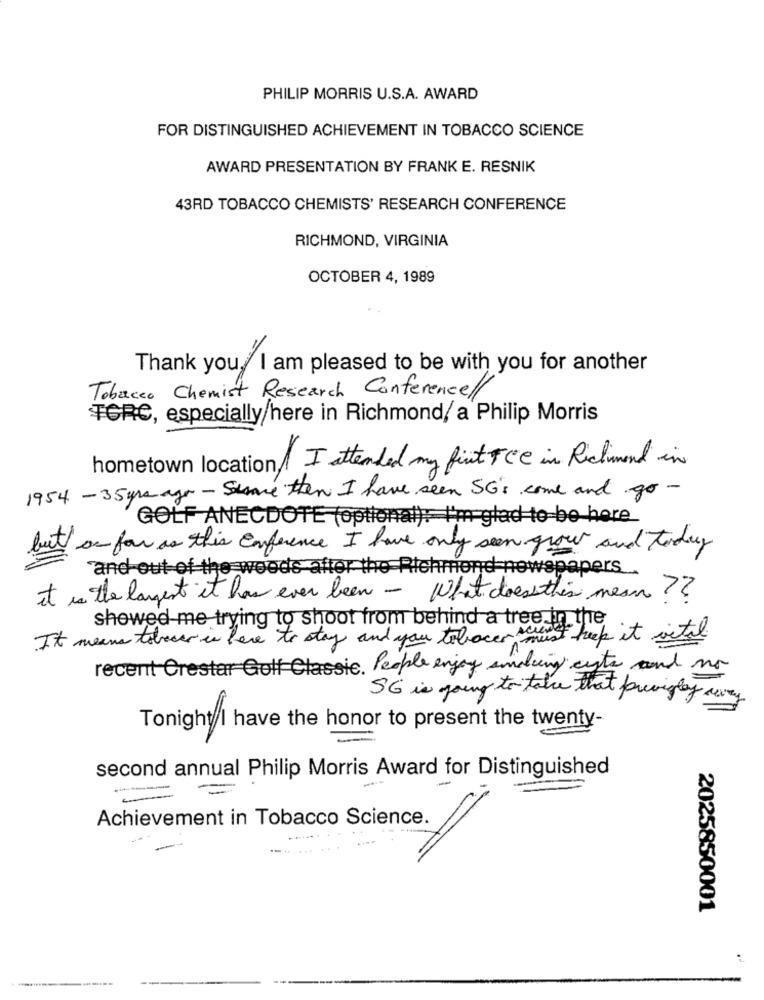
PHILIP MORRIS U.S.A. AWARD
FOR DISTINGUISHED ACHIEVEMENT IN TOBACCO SCIENCE
AWARD PRESENTATION BY FRANK E. RESNIK
43RD TOBACCO CHEMISTS' RESEARCH CONFERENCE
RICHMOND, VIRGINIA
OCTOBER 4, 1989
Thank you. I am pleased to be with you for another
Tobacco Chemist Research Conferencel/
TGRC, especially here in Richmond/ a Philip Morris
hometown location ! I attended my fint TCe in Richmond in
1954 - 35 yrs ago - Serve then I have seen SG's come and go -
GOLF ANECDOTE (optional), I'm glad to-be here
on for as this Enference I have only seen grow and today
"and out of the woods after the Richmond newspapers ...
it is the largest it has ever been - What does this mean ??
showed me trying to shoot from behind a tree in the
It means tobecer is here to stay and you tobecer must keep it vital
recent Crestar Golf Classic. People enjoy sinding cute and no
SG is going to take that prisingly away
Tonight I have the honor to present the twenty-
second annual Philip Morris Award for Distinguished
-
Achievement in Tobacco Science. /
2025850001